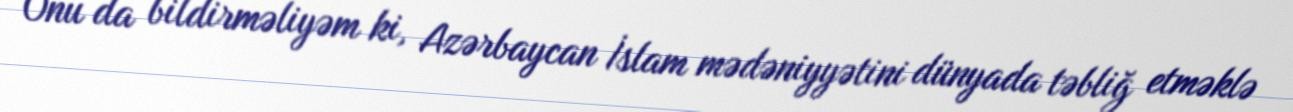
Onu da bildirməliyəm ki, Azərbaycan İslam mədəniyyətini dünyada təbliğ etməklə